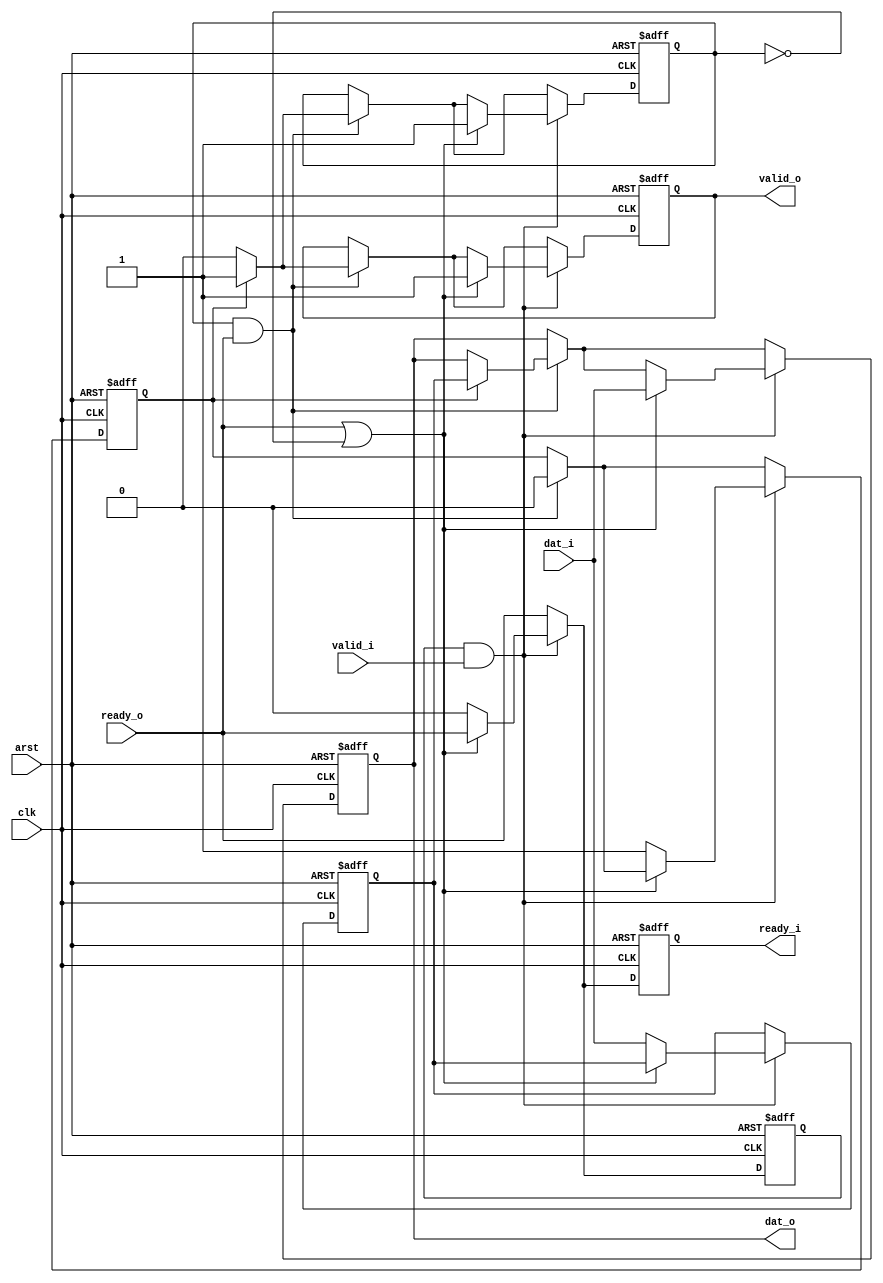
// Copyright 2008 Altera Corporation. All rights reserved.  
// Altera products are protected under numerous U.S. and foreign patents, 
// maskwork rights, copyrights and other intellectual property laws.  
//
// This reference design file, and your use thereof, is subject to and governed
// by the terms and conditions of the applicable Altera Reference Design 
// License Agreement (either as signed by you or found at www.altera.com).  By
// using this reference design file, you indicate your acceptance of such terms
// and conditions between you and Altera Corporation.  In the event that you do
// not agree with such terms and conditions, you may not use the reference 
// design file and please promptly destroy any copies you have made.
//
// This reference design file is being provided on an "as-is" basis and as an 
// accommodation and therefore all warranties, representations or guarantees of 
// any kind (whether express, implied or statutory) including, without 
// limitation, warranties of merchantability, non-infringement, or fitness for
// a particular purpose, are specifically disclaimed.  By making this reference
// design file available, Altera expressly does not recommend, suggest or 
// require that this reference design file be used in combination with any 
// other product not provided by Altera.
/////////////////////////////////////////////////////////////////////////////

// baeckler - 11-06-2008
// pipeline for ready / valid data

module ready_skid #(
	parameter WIDTH = 16
)
(
	input clk,arst,
	
	input valid_i,
	input [WIDTH-1:0] dat_i,
	output reg ready_i,
	
	output reg valid_o,
	output reg [WIDTH-1:0] dat_o,
	input ready_o	
);

reg [WIDTH-1:0] backup_storage;
reg backup_valid;

// duplicate control registers to mitigate
// high fanout loading.
reg internal_valid_o /* synthesis preserve */;
reg internal_ready_i /* synthesis preserve */;

// simulation only sanity check
always @(posedge clk) begin
	if ((ready_i != internal_ready_i) || 
		(valid_o != internal_valid_o)) begin
		$display ("Error: Duplicate internal regs out of sync");	
	end
end

always @(posedge clk or posedge arst) begin
	if (arst) begin
		ready_i <= 1'b0;
		internal_ready_i <= 1'b0;
		valid_o <= 1'b0;
		internal_valid_o <= 1'b0;
		dat_o <= 0;
		backup_storage <= 0;
		backup_valid <= 1'b0;
	end
	else begin
		ready_i <= ready_o;
		internal_ready_i <= ready_o;
		
		if (internal_valid_o & ready_o) begin
			// main data is leaving to the sink
			if (backup_valid) begin
				// dump the backup word to main storage
				backup_valid <= 1'b0;
				dat_o <= backup_storage;
				valid_o <= 1'b1;	
				internal_valid_o <= 1'b1;	
				if (ready_i && valid_i) begin
					$display ("ERROR: data lost in skid buffer");
				end
			end
			else begin
				// if not overwritten below, you are done.
				valid_o <= 1'b0;
				internal_valid_o <= 1'b0;
			end
		end
		
		if (internal_ready_i && valid_i) begin
			// must accept data from source
			if (ready_o || !internal_valid_o) begin
				// accept to main registers
				valid_o <= 1'b1;
				internal_valid_o <= 1'b1;
				dat_o <= dat_i;
			end
			else begin
				// accept to backup storage
				backup_valid <= 1'b1;
				backup_storage <= dat_i;
				ready_i <= 1'b0; // stop stop!
				internal_ready_i <= 1'b0;
			end
		end			
	end
end

endmodule